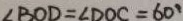
\angle B O D = \angle D O C = 6 0 ^ { \circ }